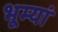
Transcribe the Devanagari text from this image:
भूम्यां